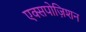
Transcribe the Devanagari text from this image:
एक्सपोज़िशन